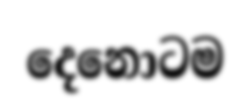
දෙනොටම